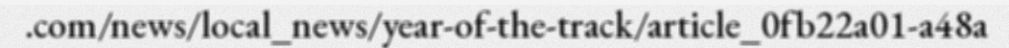
.com/news/local_news/year-of-the-track/article_0fb22a01-a48a